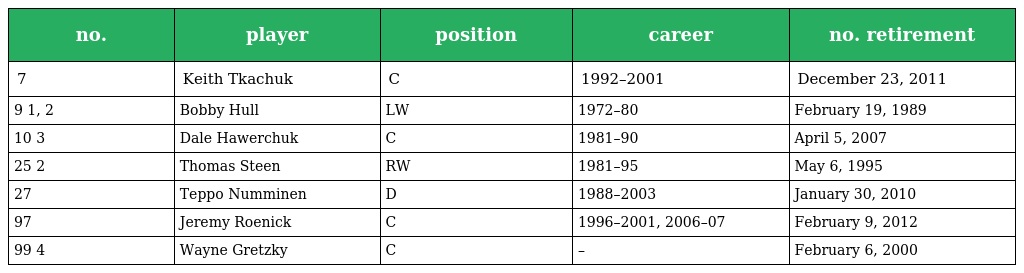
| no. | player | position | career | no. retirement |
 | --- | --- | --- | --- | --- |
 | 7 | Keith Tkachuk | C | 1992–2001 | December 23, 2011 |
 | 9 1, 2 | Bobby Hull | LW | 1972–80 | February 19, 1989 |
 | 10 3 | Dale Hawerchuk | C | 1981–90 | April 5, 2007 |
 | 25 2 | Thomas Steen | RW | 1981–95 | May 6, 1995 |
 | 27 | Teppo Numminen | D | 1988–2003 | January 30, 2010 |
 | 97 | Jeremy Roenick | C | 1996–2001, 2006–07 | February 9, 2012 |
 | 99 4 | Wayne Gretzky | C | – | February 6, 2000 |